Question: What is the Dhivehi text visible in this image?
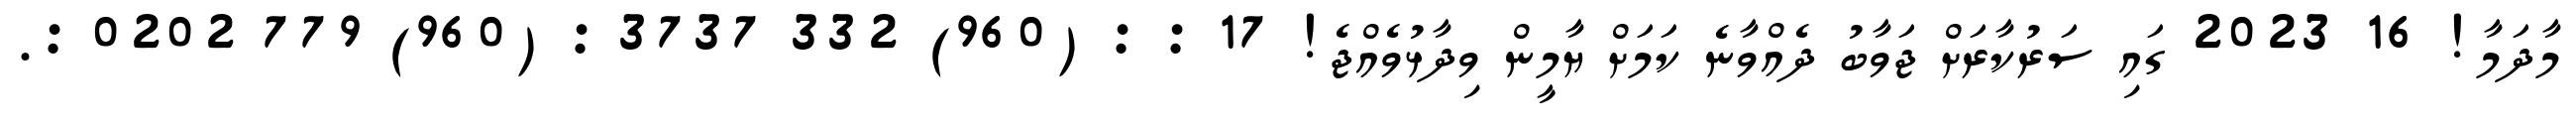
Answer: މާދަމާ! 16 2023 ގައި ސަރުކާރަށް ޖަވާބު ދެއްވާނެ ކަމަށް ޔާމީން ވިދާޅުވެއްޖެ! 17 : : (960) 332 3737 : (960) 779 0202 :.